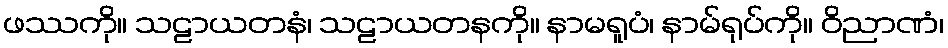
ဖဿကို။ သဠာယတနံ၊ သဠာယတနကို။ နာမရူပံ၊ နာမ်ရုပ်ကို။ ဝိညာဏံ၊